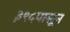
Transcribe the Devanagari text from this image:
३९५पासून